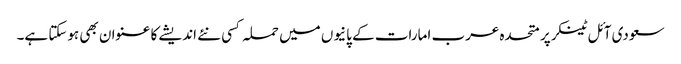
سعودی آئل ٹینکر پر متحدہ عرب امارات کے پانیوں میں حملہ کسی نئے اندیشے کا عنوان بھی ہوسکتا ہے۔